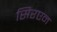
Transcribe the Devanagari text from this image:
सिरएन